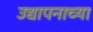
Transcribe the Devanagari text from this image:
उद्यापनाच्या